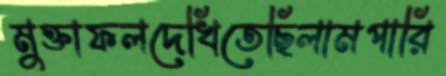
মুক্তাফলদেখিতেছিলামপারি